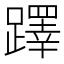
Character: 𨆅